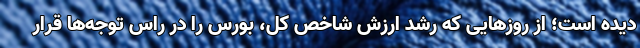
دیده است؛ از روزهایی که رشد ارزش شاخص کل، بورس را در راس توجه‌ها قرار